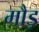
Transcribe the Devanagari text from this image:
मौड़